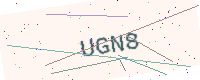
Text: UGN8